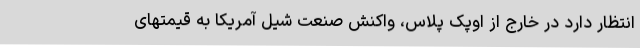
انتظار دارد در خارج از اوپک پلاس، واکنش صنعت شیل آمریکا به قیمتهای